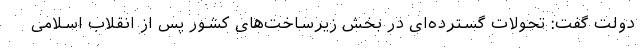
دولت گفت: تحولات گسترده‌ای در بخش زیرساخت‌های کشور پس از انقلاب اسلامی